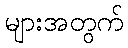
များအတွက်